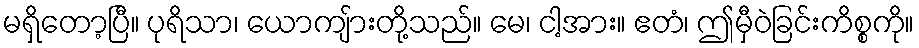
မရှိတော့ပြီ။ ပုရိသာ၊ ယောကျ်ားတို့သည်။ မေ၊ ငါ့အား။ ဧတံ၊ ဤမှီဝဲခြင်းကိစ္စကို။